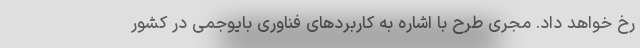
رخ خواهد داد. مجری طرح با اشاره به کاربردهای فناوری بایوجمی در کشور